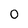
Character: 0